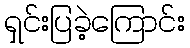
ရှင်းပြခဲ့ကြောင်း